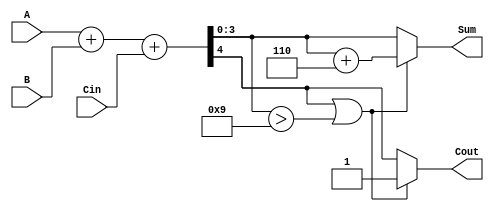
module BCD_Hybrid_Adder (
    input  wire [3:0] A,      // First BCD digit (0-9)
    input  wire [3:0] B,      // Second BCD digit (0-9)
    input  wire Cin,          // Carry input
    output reg  [3:0] Sum,    // BCD sum output
    output reg  Cout          // Carry output
);

    wire [4:0] S;            // 5-bit sum output from binary adder

    // Binary adder
    assign S = A + B + Cin;

    // Correction logic
    always @(*) begin
        // Initialize outputs
        Sum = S[3:0];         // Default to the binary sum
        Cout = S[4];         // Carry out from the binary addition
        
        // Check for BCD correction condition
        if (S[4] || (S[3:0] > 9)) begin
            // BCD correction needed, add 6
            Sum = S[3:0] + 4'b0110;
            Cout = 1;          // Set carry out if correction was applied
        end
    end

endmodule